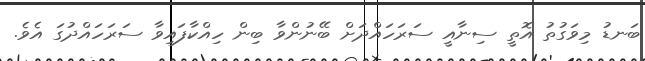
ބަނޑު މިވަގުތު އޮތީ ސިނާއީ ސަރަހައްދަށް ބޭނުންވާ ބިން ހިއްކާފައިވާ ސަރަހައްދުގަ އެވެ.